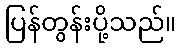
ပြန်တွန်းပို့သည်။